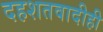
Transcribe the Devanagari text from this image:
दहशतवादीही